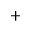
+